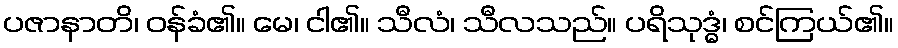
ပဇာနာတိ၊ ဝန်ခံ၏။ မေ၊ ငါ၏။ သီလံ၊ သီလသည်။ ပရိသုဒ္ဓံ၊ စင်ကြယ်၏။